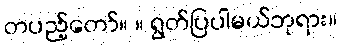
တပည့်တော်။ ။ ရွတ်ပြပါမယ်ဘုရား။